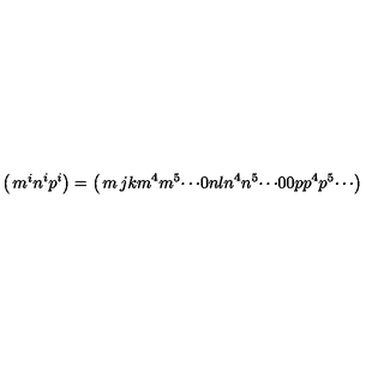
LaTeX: \left( \begin{matrix} { m ^ { i } } \\ { n ^ { i } } \\ { p ^ { i } } \\ \end{matrix} \right) = \left( \begin{matrix} { m } & { j } & { k } & { m ^ { 4 } } & { m ^ { 5 } } & { \cdots } \\ { 0 } & { n } & { l } & { n ^ { 4 } } & { n ^ { 5 } } & { \cdots } \\ { 0 } & { 0 } & { p } & { p ^ { 4 } } & { p ^ { 5 } } & { \cdots } \\ \end{matrix} \right)